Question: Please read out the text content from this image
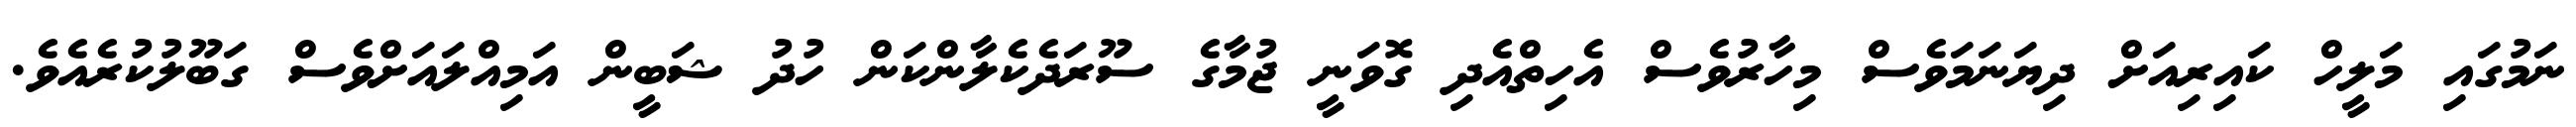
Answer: ނަމުގައި މަލީހް ކައިރިއަށް ދިޔަނަމަވެސް މިހާރުވެސް އެހިތްއެދި ގޮވަނީ ޖުމާގެ ސޫރަދެކެލާންކަން ހުދު ޝަބީން އަމިއްލައަށްވެސް ގަބޫލުކުރެއެވެ.